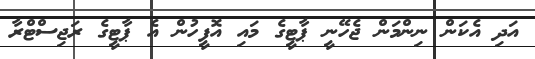
އަދި އެކަން ނިންމަން ޖެހޭނީ ޕާޓީގެ މައި އޮފީހުން އެ ޕާޓީގެ ރަޖިސްޓްރާ